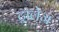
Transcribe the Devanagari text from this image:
ट्रालेज